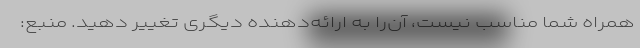
همراه شما مناسب نیست، آن‌را به ارائه‌دهنده دیگری تغییر دهید. منبع: